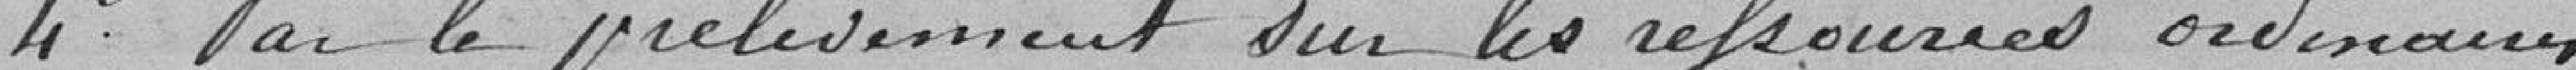
4° Par le prélèvement sur les ressources ordinaires